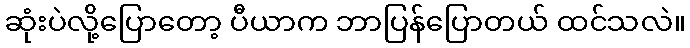
ဆုံးပဲလို့ပြောတော့ ပီယာက ဘာပြန်ပြောတယ် ထင်သလဲ။